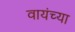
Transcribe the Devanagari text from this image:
वायंच्या